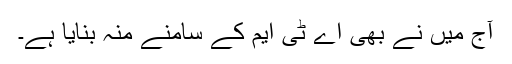
آج میں نے بھی اے ٹی ایم کے سامنے منہ بنایا ہے۔